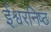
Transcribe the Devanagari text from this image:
ईश्वरनिष्ठ